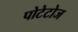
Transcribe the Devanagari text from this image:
पोटेटोज